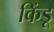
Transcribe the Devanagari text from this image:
किंडू